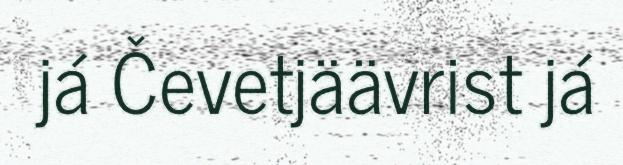
já Čevetjäävrist já